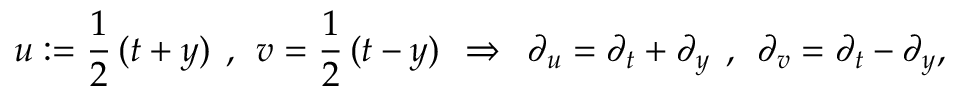
u : = \frac { 1 } { 2 } \, ( t + y ) \: \: , \: \: v = \frac { 1 } { 2 } \, ( t - y ) \: \: \Rightarrow \: \: \partial _ { u } = \partial _ { t } + \partial _ { y } \: \: , \: \: \partial _ { v } = \partial _ { t } - \partial _ { y } ,